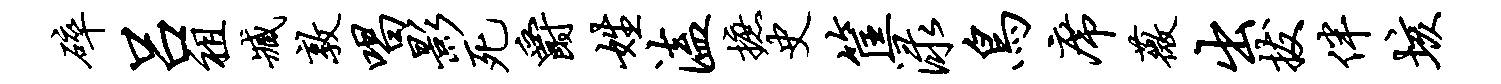
碎吕祖臧敦唱影死爵姓溘摭史筐渌鸟席薇出拔伴垓